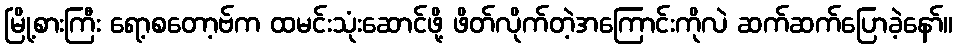
မြို့စားကြီး ရော့စတော့ဗ်က ထမင်းသုံးဆောင်ဖို့ ဖိတ်လိုက်တဲ့အကြောင်းကိုလဲ ဆက်ဆက်ပြောခဲ့နော်။